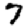
Digit: 7